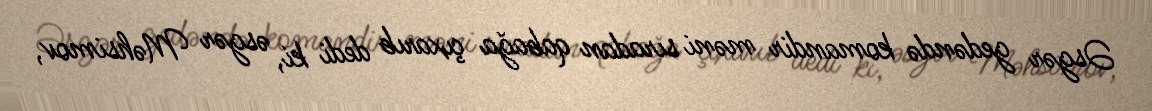
Əsgər gedəndə komandir məni sıradan qabağa çıxarıb dedi ki, əsgər Məhsimov,